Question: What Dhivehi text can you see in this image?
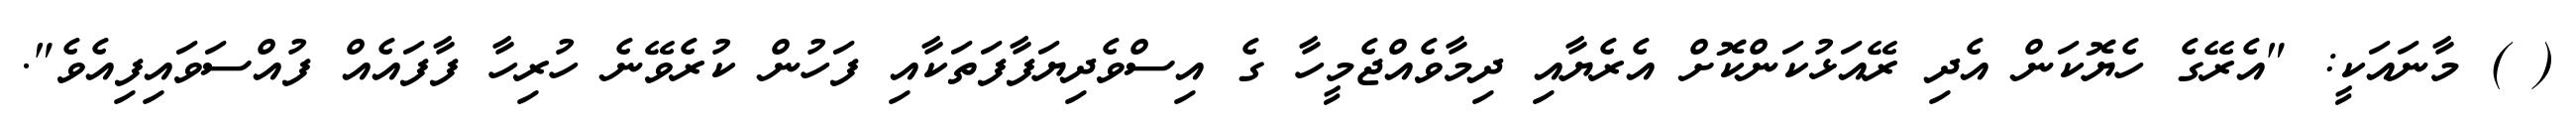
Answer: ( ) މާނައަކީ: "އެރޭގެ ހެޔޮކަން އެދި ރޭއަޅުކަންކޮށް އެރެޔާއި ދިމާވެއްޖެމީހާ ގެ އިސްވެދިޔަފާފަތަކާއި ފަހުން ކުރެވޭނެ ހުރިހާ ފާފައެއް ފުއްސަވައިފިއެވެ".